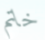
خاتم